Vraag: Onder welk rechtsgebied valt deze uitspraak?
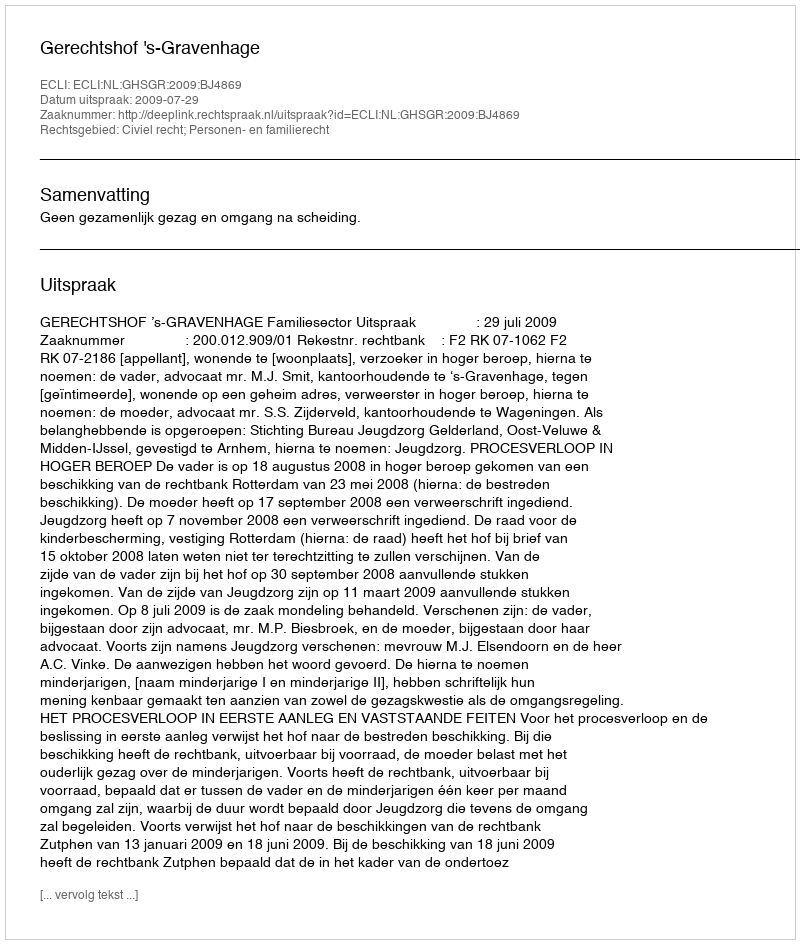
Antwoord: Civiel recht; Personen- en familierecht